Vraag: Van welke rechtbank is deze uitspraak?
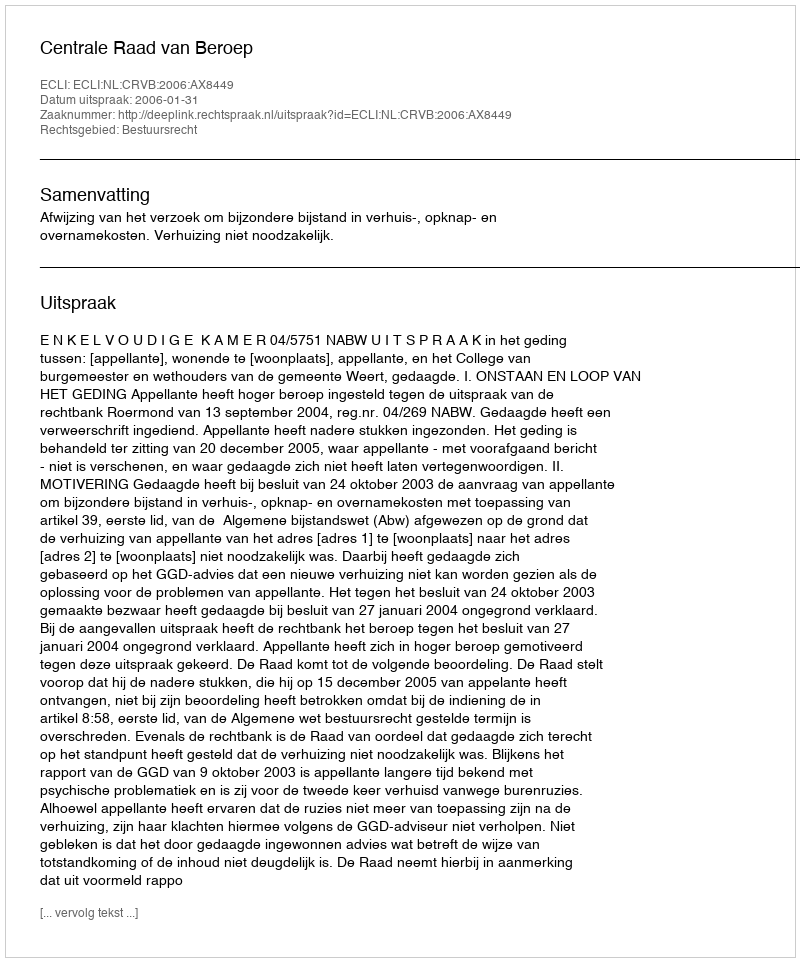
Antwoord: Centrale Raad van Beroep